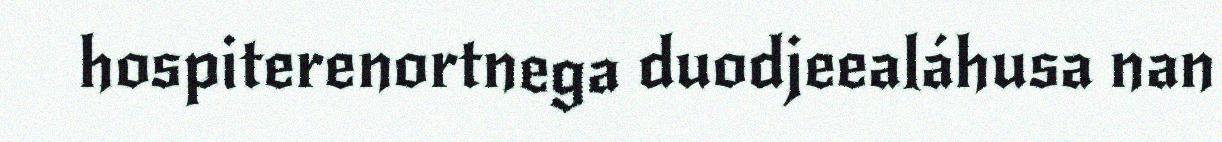
hospiterenortnega duodjeealáhusa nan